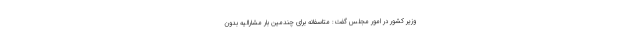
وزیر کشور در امور مجلس گفت: متاسفانه برای چندمین بار مشارالیه بدون